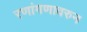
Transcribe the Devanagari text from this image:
रणांगणावरुन